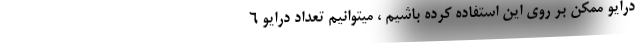
درایو ممکن بر روی این استفاده کرده باشیم ، میتوانیم تعداد درایو ۶